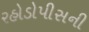
રહોડોપીસની